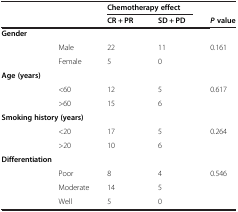
<table><thead><tr><td><b> </b></td><td><b> </b></td><td colspan="2"><b>Chemotherapy effect</b></td><td><b> </b></td></tr><tr><td><b> </b></td><td><b> </b></td><td><b>CR + PR</b></td><td><b>SD + PD</b></td><td><b><i>P </i>value</b></td></tr></thead><tbody><tr><td><b>Gender</b></td><td> </td><td> </td><td> </td><td> </td></tr><tr><td> </td><td>Male</td><td>22</td><td>11</td><td rowspan="2">0.161</td></tr><tr><td> </td><td>Female</td><td>5</td><td>0</td></tr><tr><td><b>Age (years)</b></td><td> </td><td> </td><td> </td><td> </td></tr><tr><td> </td><td>&lt;60</td><td>12</td><td>5</td><td rowspan="2">0.617</td></tr><tr><td> </td><td>&gt;60</td><td>15</td><td>6</td></tr><tr><td colspan="5"><b>Smoking history (years)</b></td></tr><tr><td> </td><td>&lt;20</td><td>17</td><td>5</td><td rowspan="2">0.264</td></tr><tr><td> </td><td>&gt;20</td><td>10</td><td>6</td></tr><tr><td colspan="5"><b>Differentiation</b></td></tr><tr><td> </td><td>Poor</td><td>8</td><td>4</td><td rowspan="2">0.546</td></tr><tr><td> </td><td>Moderate</td><td>14</td><td>5</td></tr><tr><td> </td><td>Well</td><td>5</td><td>0</td><td> </td></tr></tbody></table>